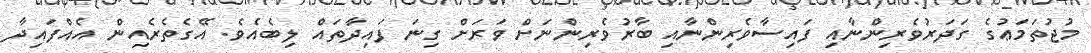
މުޖުތަމަޢުގެ ގަދަރުވެރިންނާއި ފައިސާވެރިންނާއި ބާރުވެރިންނަށް ވަރަށް ގިނަ ފައިދާތައް ލިބެއެވެ. އޭގެތެރެއިން އެއްފައިދާ